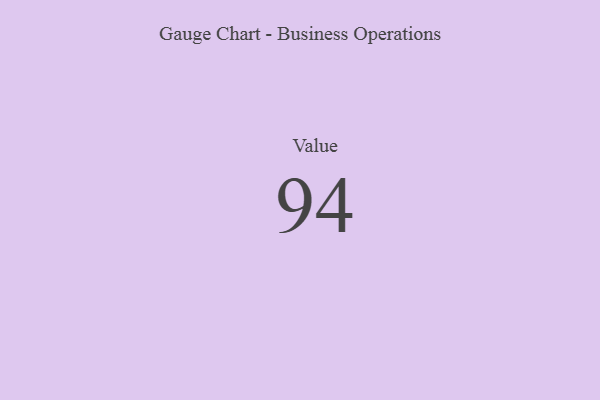
{"axis": {"x": "Metric", "y": "Value"}, "legend": [""], "data": [{"x": "Value", "y": 94, "type": ""}]}